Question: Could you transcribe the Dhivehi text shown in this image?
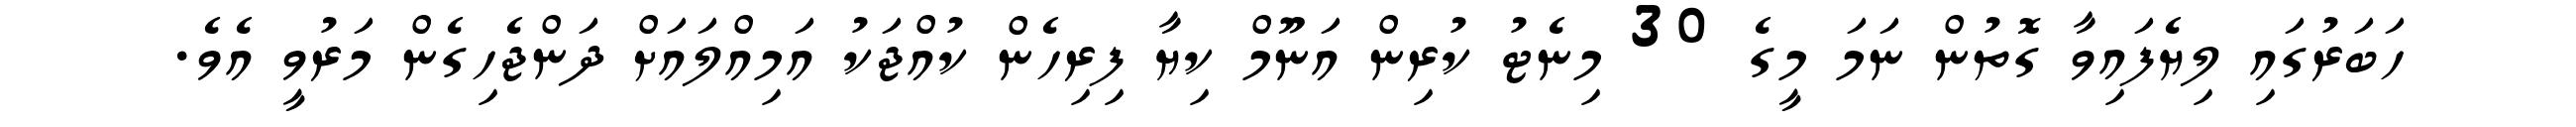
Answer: ހަބަރުގައި ލިޔެފައިވާ ގޮތުން ނަމަ މީގެ 30 މިނެޓު ކުރިން އަނޫމް ކިޔާ ފިރިހެން ކުއްޖަކު އަމިއްލައަށް ދަންޖެހިގެން މަރުވީ އެވެ.